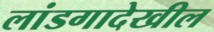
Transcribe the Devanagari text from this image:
लांडगादेखील